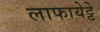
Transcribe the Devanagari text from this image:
लाफायेट्टे